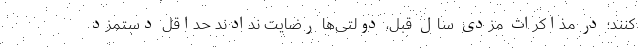
کنند؛ در مذاکرات مزدی سال قبل، دولتی‌ها رضایت ندادند حداقل دستمزد